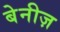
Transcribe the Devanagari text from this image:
बेनीज़